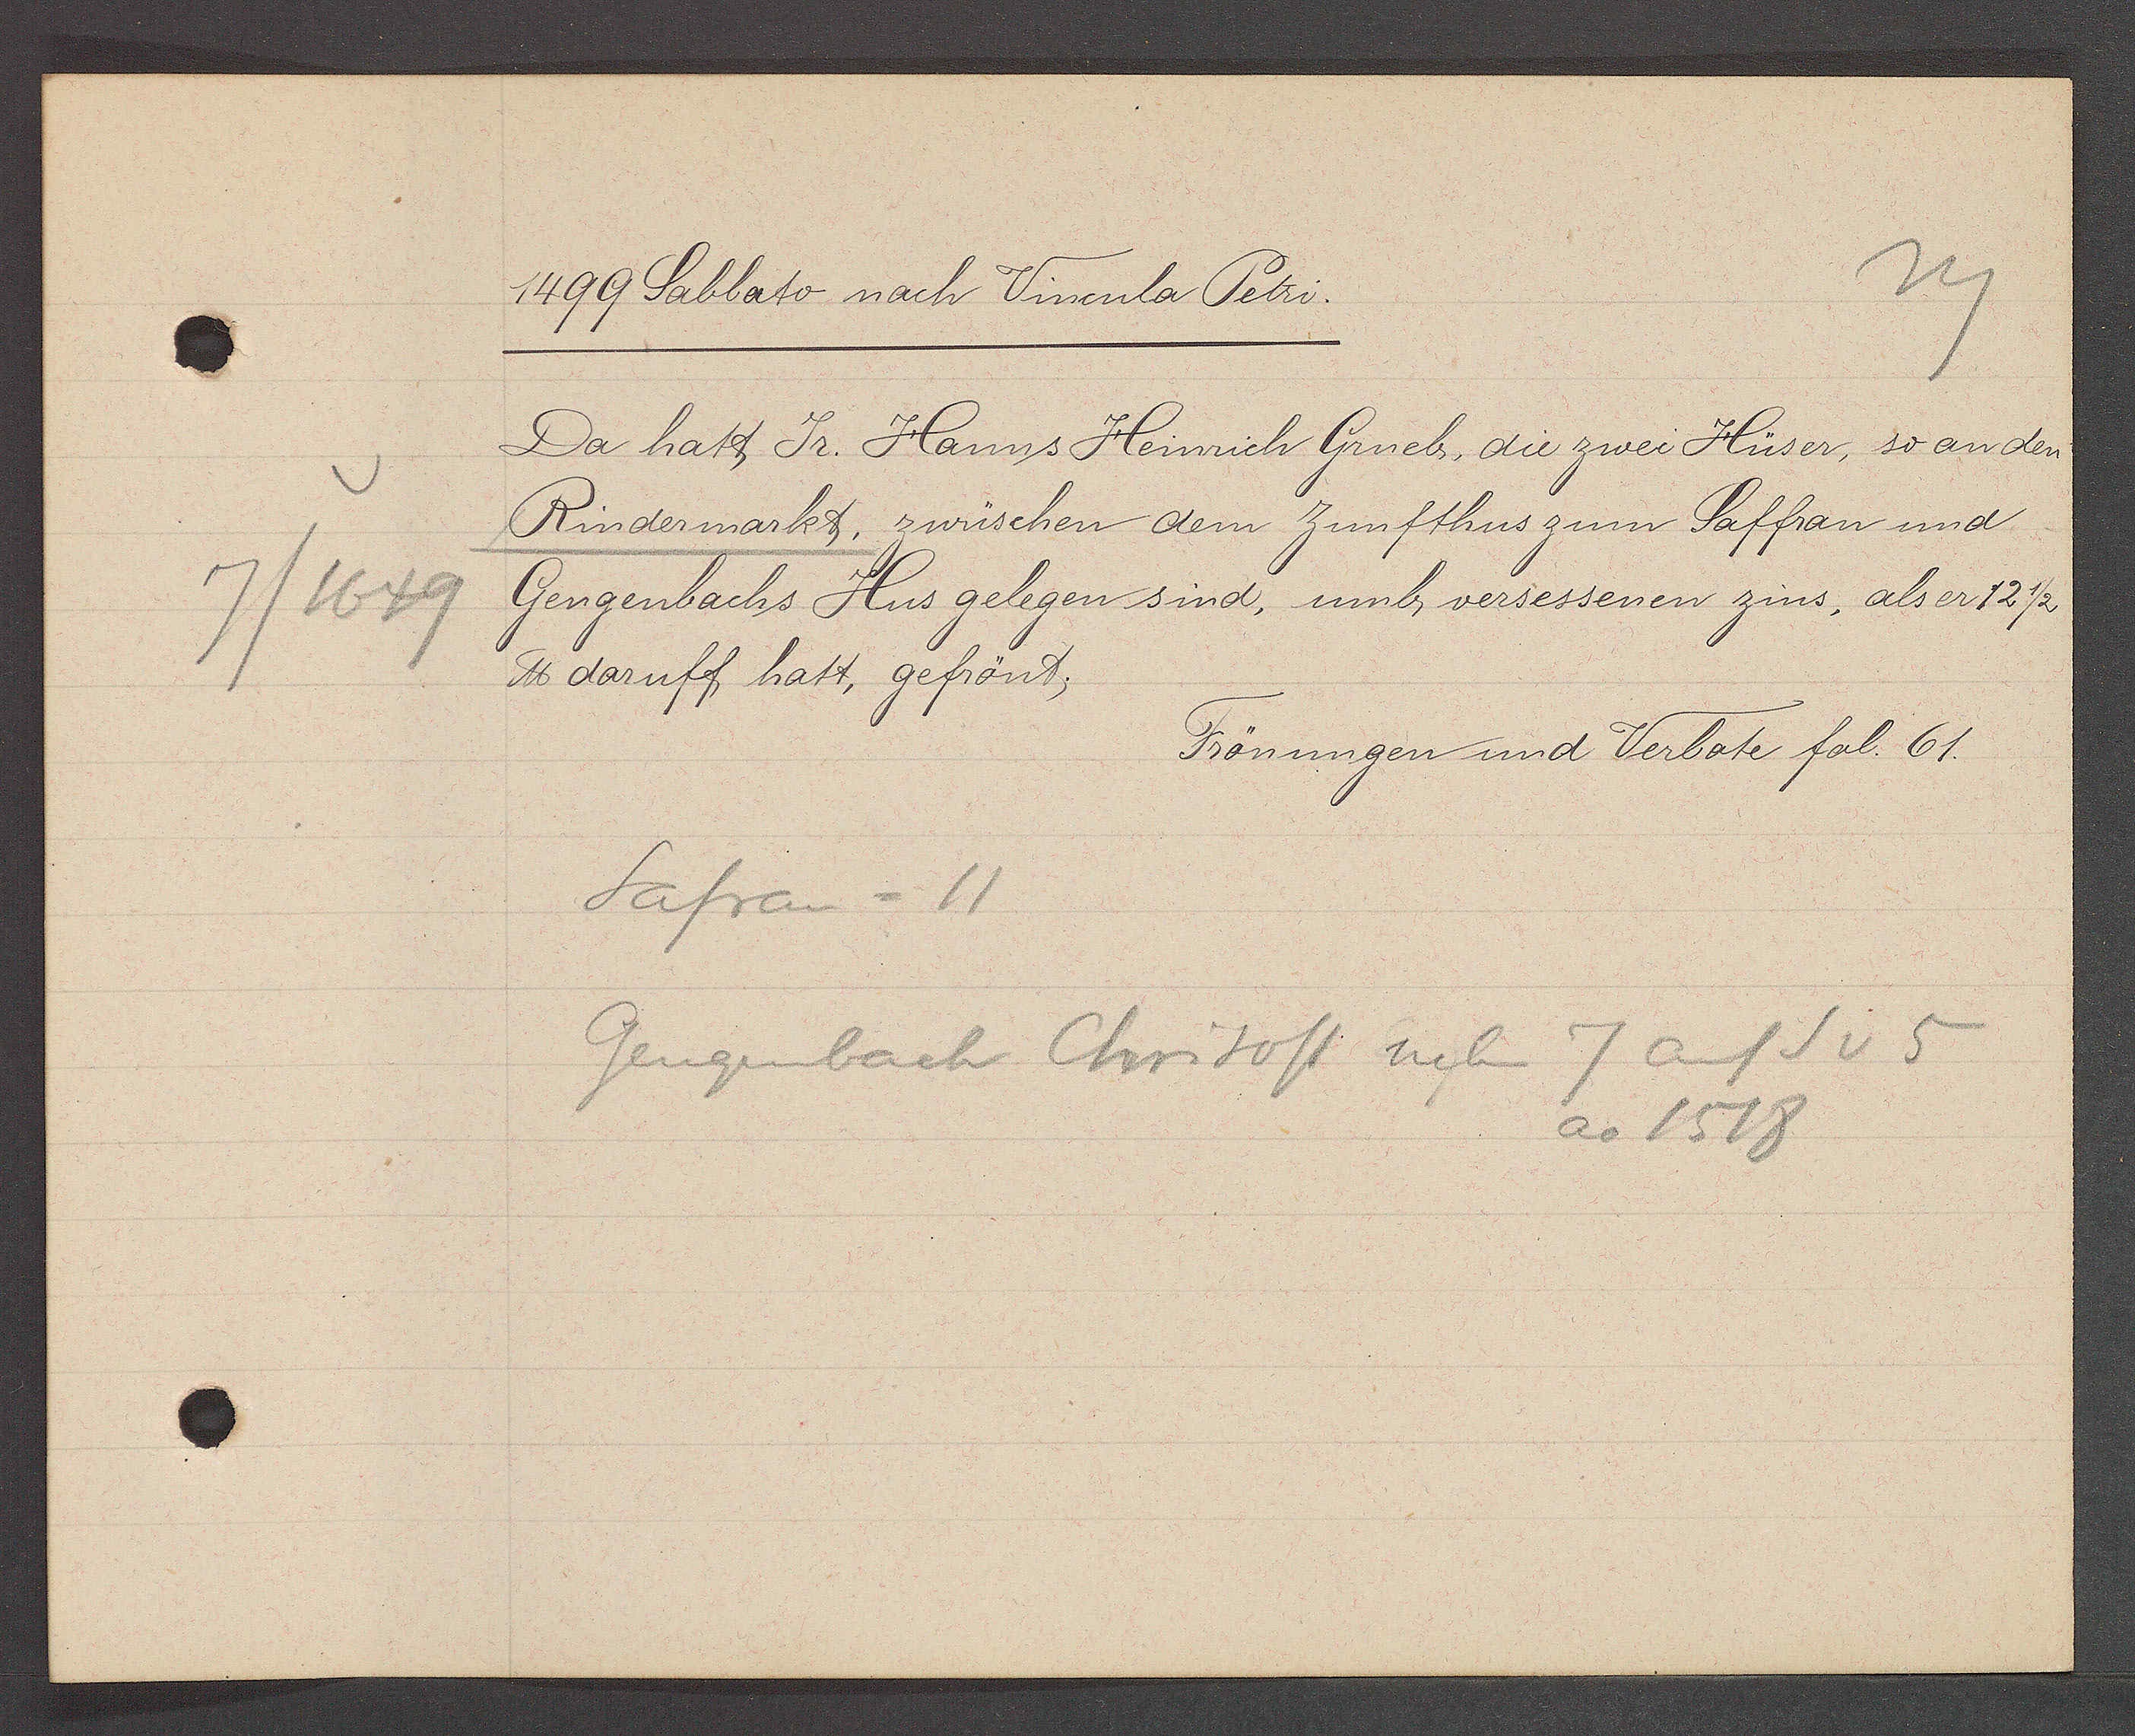
Transcript:
7/1649

1499 Sablato nach Vinenla Petri.

Da hatt Jr. Hanns Heinrich Grueb, die zwei Hüser, so an den
Rindermarkt, zwüschen dem Zunfthus zum Saffran und
Gengenbachs Hus gelegen sind, umb versessenen zins, als er 12 ½
℔ daruff hatt, gefrönt,

Frönungen und Verbote fol. 61.

Safran = 11
Gengenbach Chrisoff neben 7 auf S v 5
ao 1518